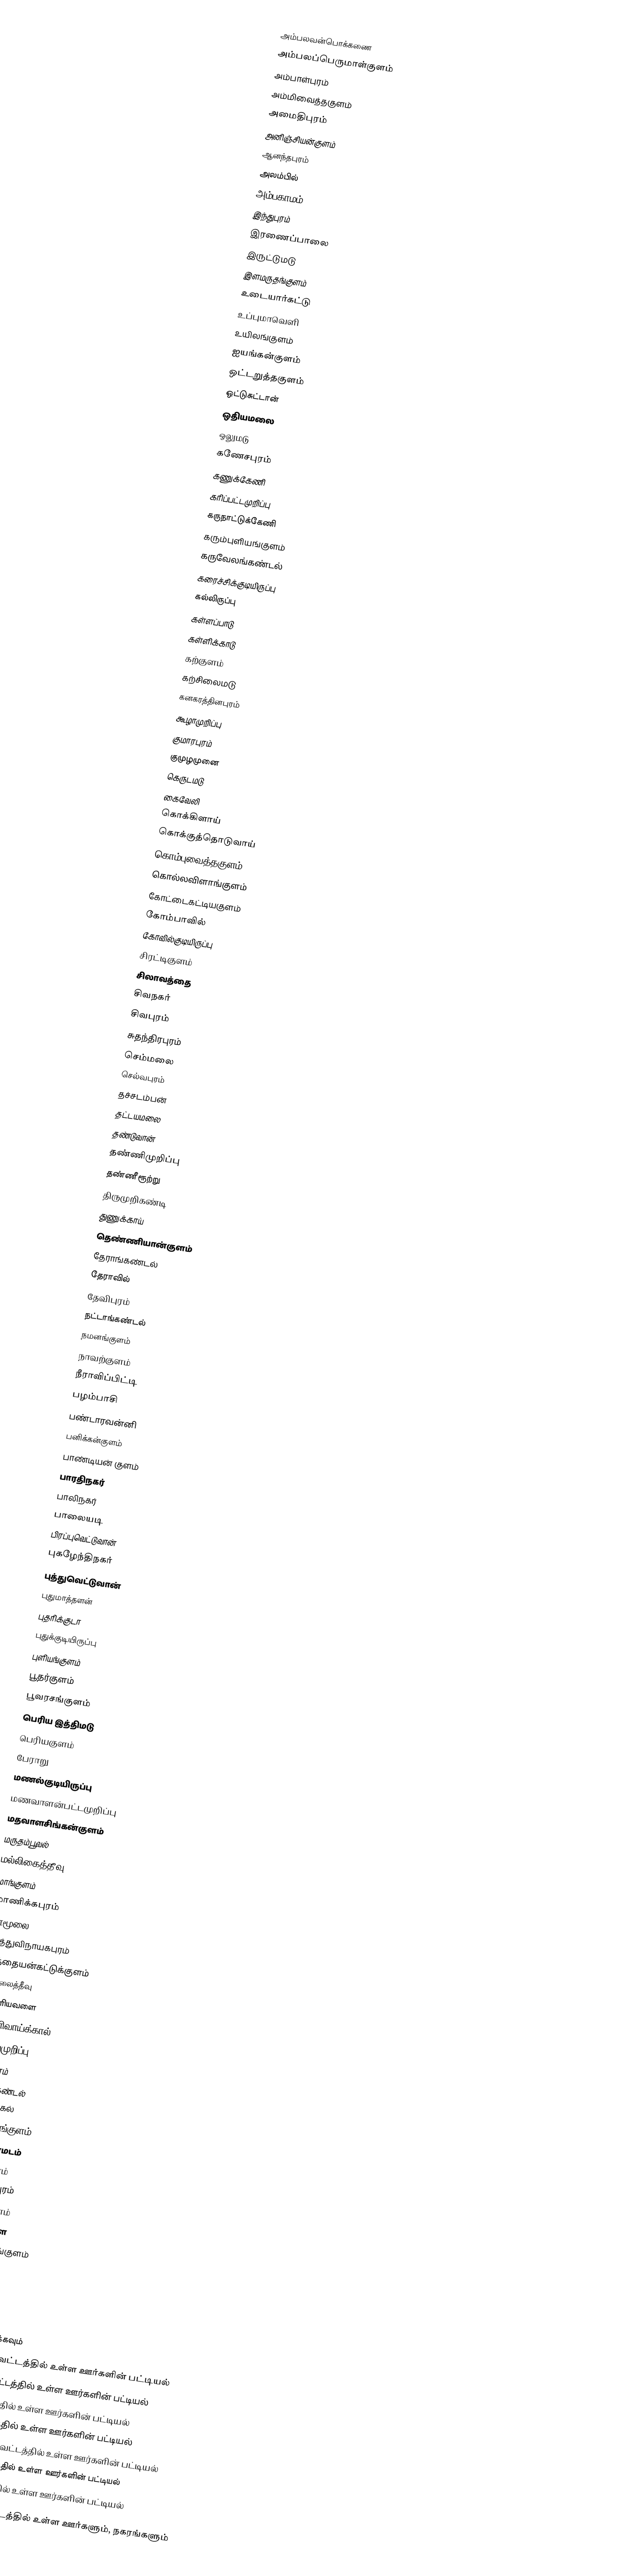
அம்பலவன்பொக்கணை
 அம்பலப்பெருமாள்குளம்
 அம்பாள்புரம்
 அம்மிவைத்தகுளம்
 அமைதிபுரம்
 அனிஞ்சியன்குளம்
 ஆனந்தபுரம்
 அலம்பில்
 அம்பகாமம்
 இந்துபுரம்
 இரணைப்பாலை
 இருட்டுமடு
 இளமருதங்குளம்
 உடையார்கட்டு
 உப்புமாவெளி
 உயிலங்குளம்
 ஐயங்கன்குளம்
 ஒட்டறுத்தகுளம்
 ஒட்டுசுட்டான்
 ஒதியமலை
 ஒலுமடு
 கணேசபுரம்
 கணுக்கேணி
 கரிப்பட்டமுறிப்பு
 கருநாட்டுக்கேணி
 கரும்புளியங்குளம்
 கருவேலங்கண்டல்
 கரைச்சிக்குடியிருப்பு
 கல்லிருப்பு
 கள்ளப்பாடு
 கள்ளிக்காடு
 கற்குளம்
 கற்சிலைமடு
 கனகரத்தினபுரம்
 கூழாமுறிப்பு
 குமாரபுரம்
 குமுழமுனை
 கெருடமடு
 கைவேலி
 கொக்கிளாய்
 கொக்குத்தொடுவாய்
 கொம்புவைத்தகுளம்
 கொல்லவிளாங்குளம்
 கோட்டைகட்டியகுளம்
 கோம்பாவில்
 கோவில்குடியிருப்பு
 சிரட்டிகுளம்
 சிலாவத்தை
 சிவநகர்
 சிவபுரம்
 சுதந்திரபுரம்
 செம்மலை
 செல்வபுரம்
 தச்சடம்பன்
 தட்டயமலை
 தண்டுவான்
 தண்ணிமுறிப்பு
 தண்ணீரூற்று
 திருமுறிகண்டி
 துணுக்காய்
 தெண்ணியான்குளம்
 தேராங்கண்டல்
 தேராவில்
 தேவிபுரம்
 நட்டாங்கண்டல்
 நமனங்குளம்
 நாவற்குளம்
 நீராவிப்பிட்டி
 பழம்பாசி
 பண்டாரவன்னி
 பனிக்கன்குளம்
 பாண்டியன் குளம்
 பாரதிநகர்
 பாலிநகர்
 பாலையடி
 பிரப்புவெட்டுவான்
 புகழேந்திநகர்
 புத்துவெட்டுவான்
 புதுமாத்தளன்
 புதரிக்குடா
 புதுக்குடியிருப்பு
 புளியங்குளம்
 பூதர்குளம்
 பூவரசங்குளம்
 பெரிய இத்திமடு
 பெரியகுளம்
 பேராறு
 மணல்குடியிருப்பு
 மணவாளன்பட்டமுறிப்பு
 மதவாளசிங்கன்குளம்
 மருதம்பூவல்
 மல்லிகைத்தீவு
 மாங்குளம்
 மாணிக்கபுரம்
 மாமூலை
 முத்துவிநாயகபுரம்
 முத்தையன்கட்டுக்குளம்
 முல்லைத்தீவு
 முள்ளியவளை
 முள்ளிவாய்க்கால்
 மூன்றுமுறிப்பு
 யோகபுரம்
 வட்டாங்கண்டல்
 வட்டுவாகல்
 வண்ணாங்குளம்
 வலைஞர்மடம்
 வள்ளிபுனம்
 வள்ளுவர்புரம்
 வவனிக்குளம்
 வற்றாப்பளை
 வன்னிவிளாங்குளம்
 விசுவமடு
 வித்தியாபுரம்
 விநாயகபுரம்

இவற்றையும் பார்க்கவும்
 யாழ்ப்பாண மாவட்டத்தில் உள்ள ஊர்களின் பட்டியல்
 கிளிநொச்சி மாவட்டத்தில் உள்ள ஊர்களின் பட்டியல்
 மன்னார் மாவட்டத்தில் உள்ள ஊர்களின் பட்டியல்
 வவுனியா மாவட்டத்தில் உள்ள ஊர்களின் பட்டியல்
 திருகோணமலை மாவட்டத்தில் உள்ள ஊர்களின் பட்டியல்
 மட்டக்களப்பு மாவட்டத்தில் உள்ள ஊர்களின் பட்டியல்
 அம்பாறை மாவட்டத்தில் உள்ள ஊர்களின் பட்டியல்

முல்லைத்தீவு மாவட்டத்தில் உள்ள ஊர்களும், நகரங்களும்